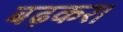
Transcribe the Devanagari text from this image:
बढ़कर।